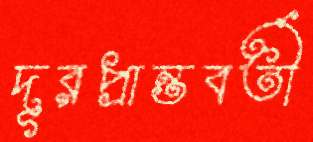
দূরপ্রান্তবর্তী